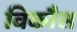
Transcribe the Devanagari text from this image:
विकाैस